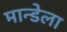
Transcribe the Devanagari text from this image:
मान्डेला